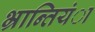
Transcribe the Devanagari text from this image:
भ्रान्तियंा